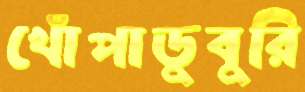
খোঁপাডুবুরি